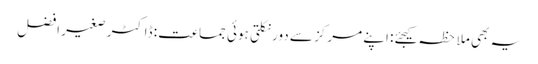
یہ بھی ملاحظہ کیجئے: اپنے مرکز سے دور نکلتی ہوئی جماعت : ڈاکٹر صغیر افضل